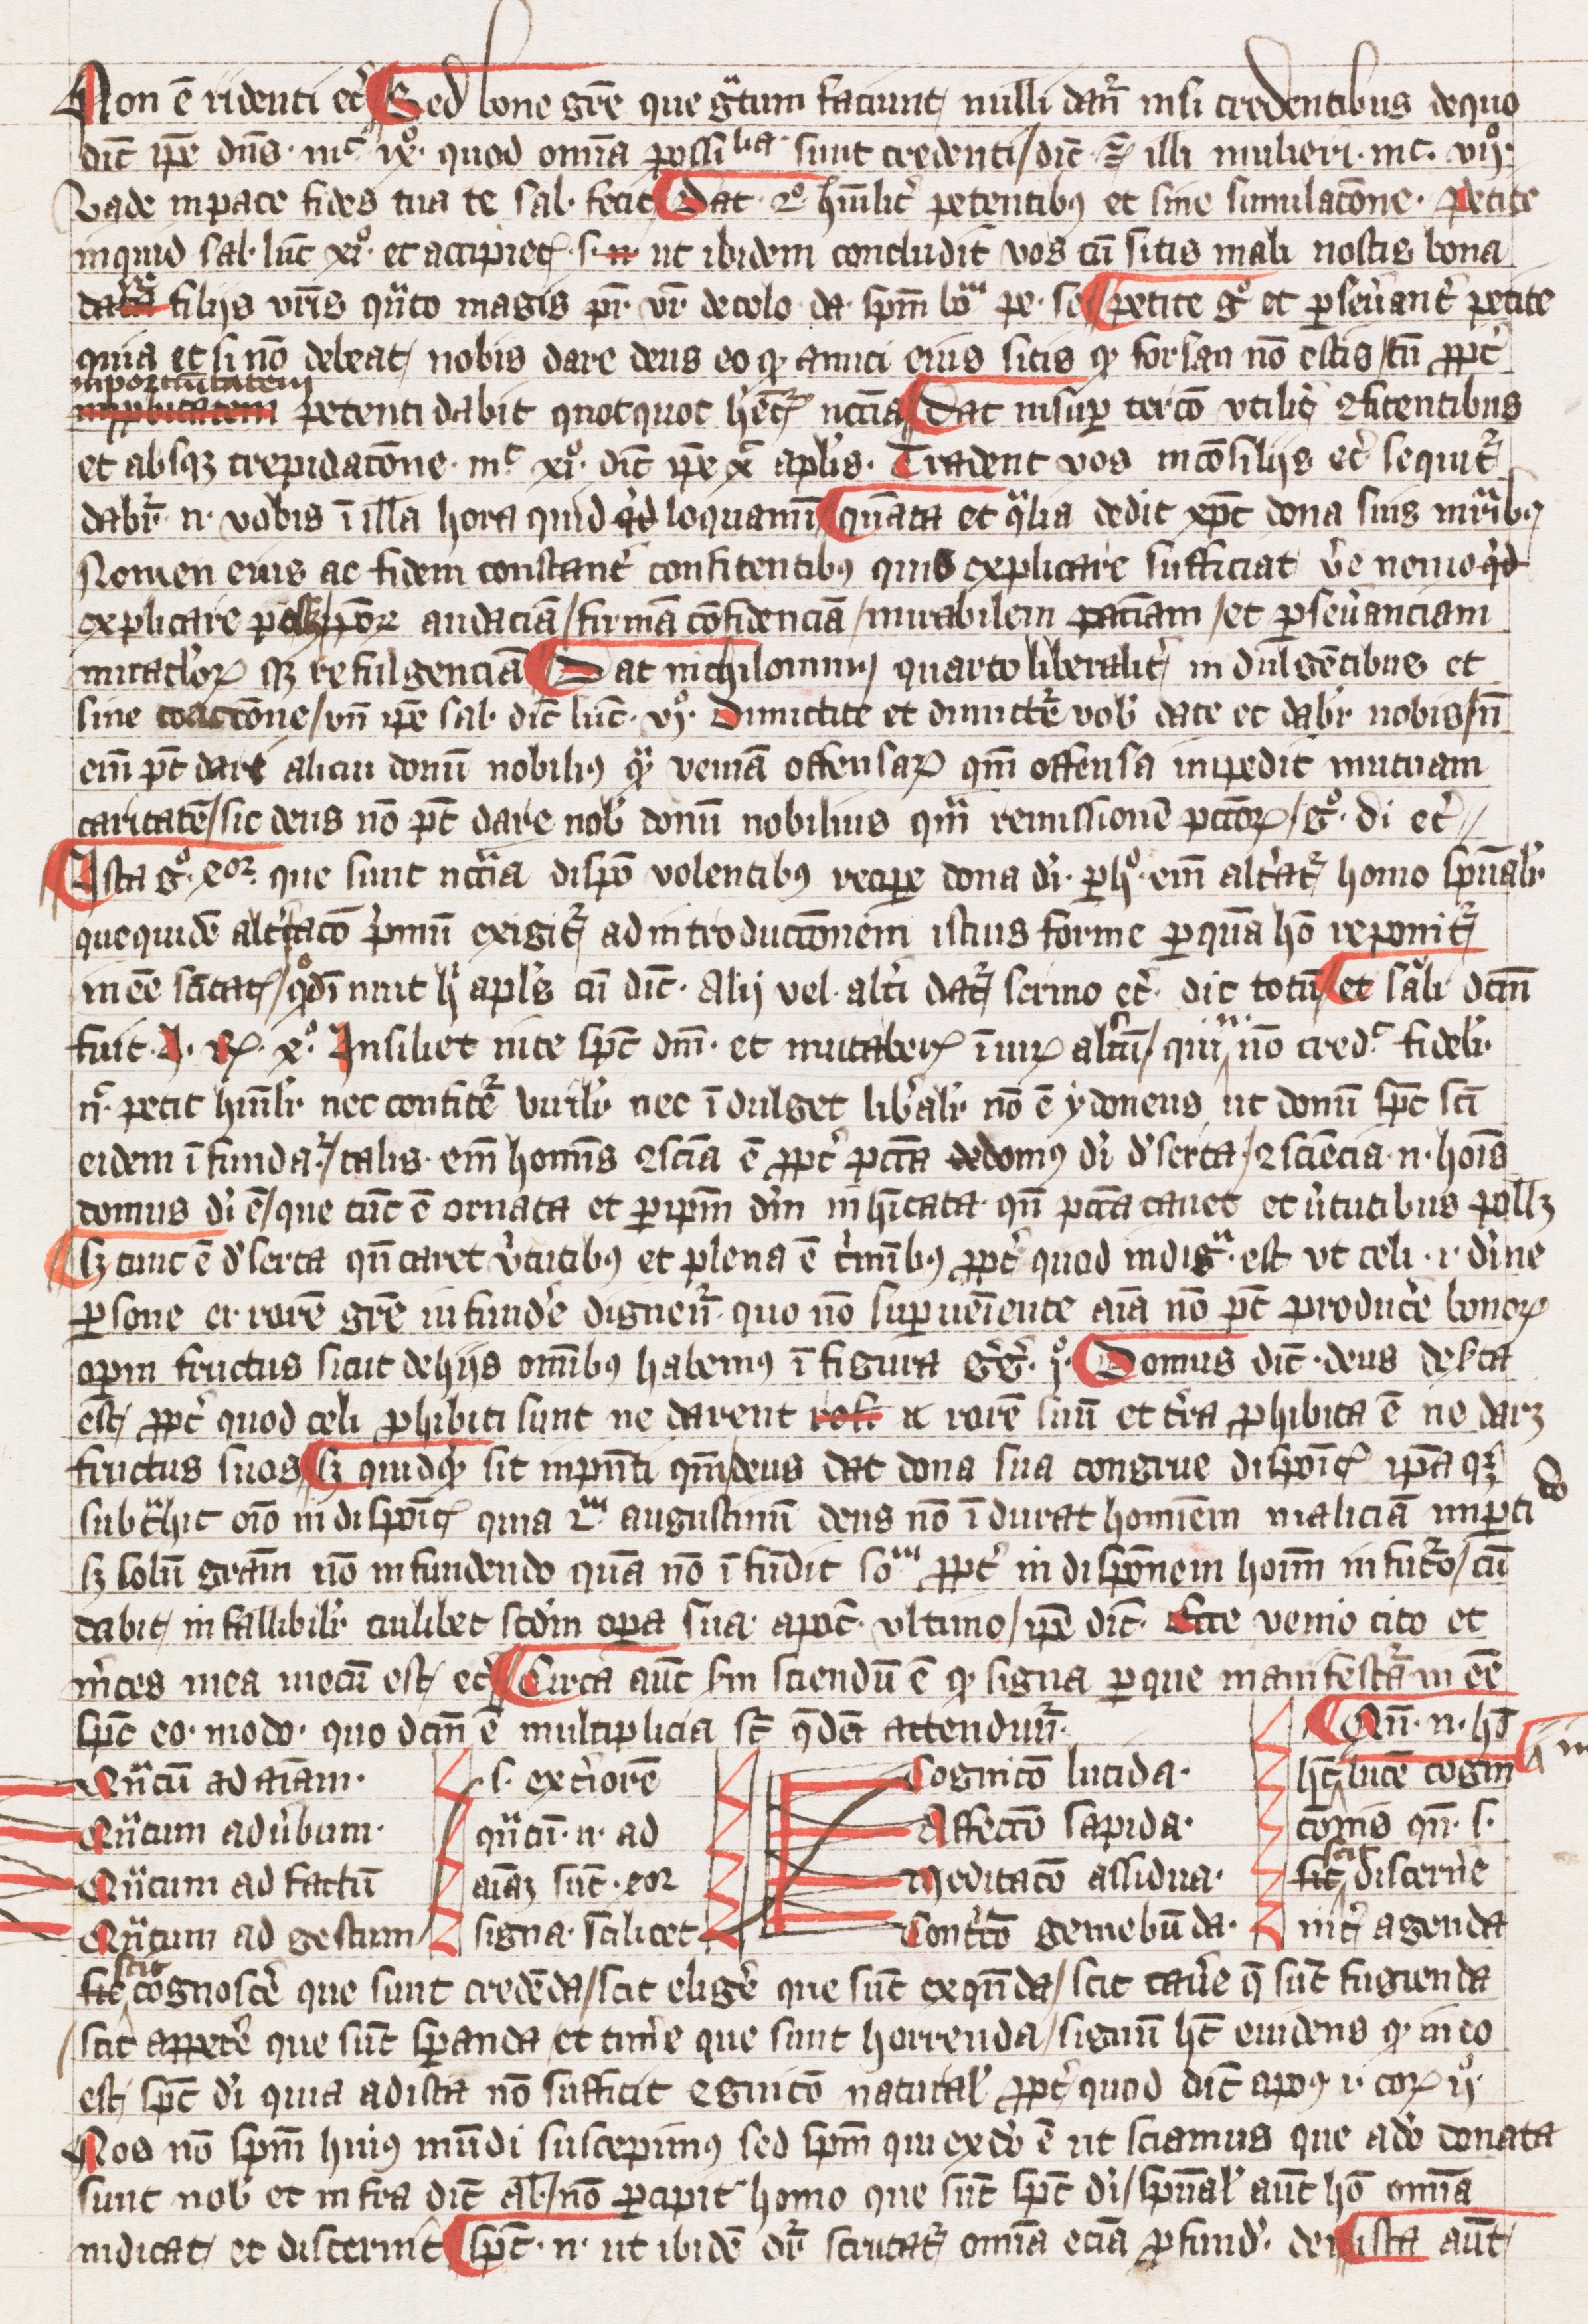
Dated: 1393–1393